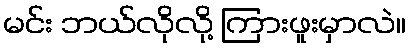
မင်း ဘယ်လိုလို့ ကြားဖူးမှာလဲ။